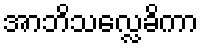
အာဘိသလ္လေခိကာ